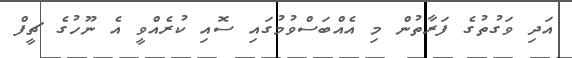
އަދި ވަގުތުގެ ފަރާތުން މި އެއްބަސްވުމުގައި ސޮއި ކުރެއްވީ އެ ނޫހުގެ ޗީފް